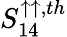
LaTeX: S_{14}^{\uparrow\uparrow,th}